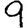
Digit: 9